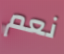
نعم